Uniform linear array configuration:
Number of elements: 16
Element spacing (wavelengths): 1
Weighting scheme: hann
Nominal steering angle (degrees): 60
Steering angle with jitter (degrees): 58.662
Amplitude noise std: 0.05
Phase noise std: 0.05

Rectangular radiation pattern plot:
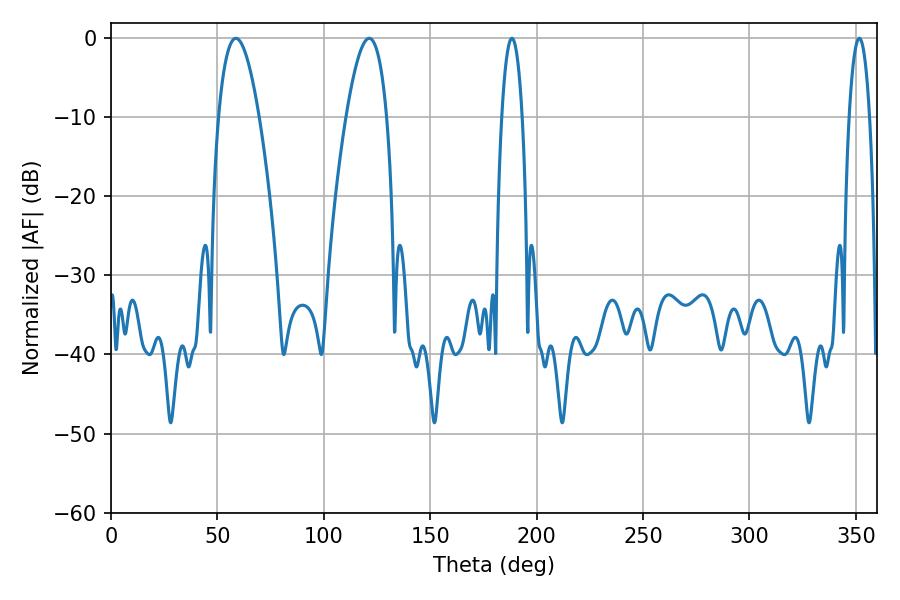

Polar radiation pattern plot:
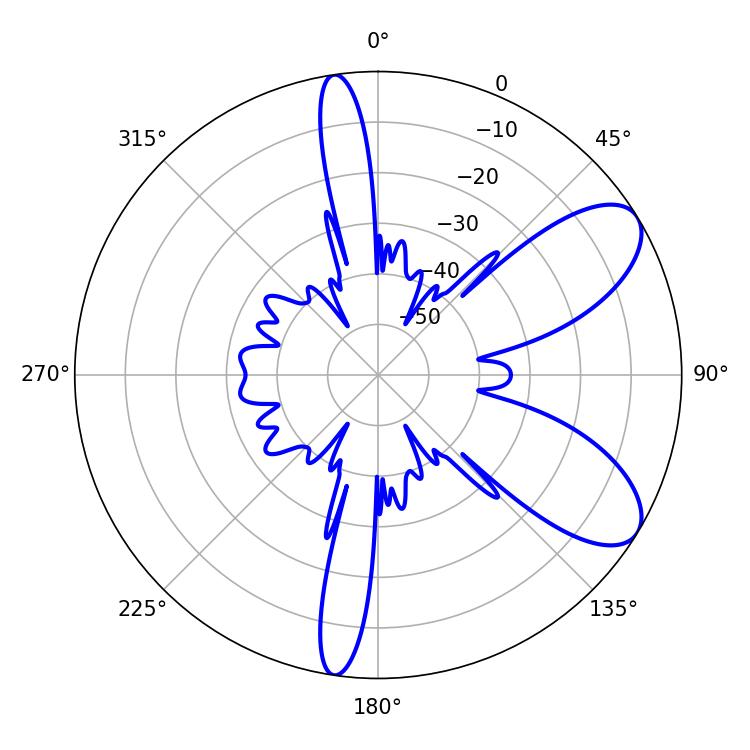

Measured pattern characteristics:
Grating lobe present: TRUE
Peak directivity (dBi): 8.124
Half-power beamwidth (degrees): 10.44
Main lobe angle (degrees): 58.68